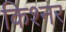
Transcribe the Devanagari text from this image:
किश्नर